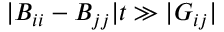
| B _ { i i } - B _ { j j } | t \gg | { \cal G } _ { i j } |